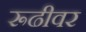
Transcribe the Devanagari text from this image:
रूढीवर